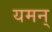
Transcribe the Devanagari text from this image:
यमन्